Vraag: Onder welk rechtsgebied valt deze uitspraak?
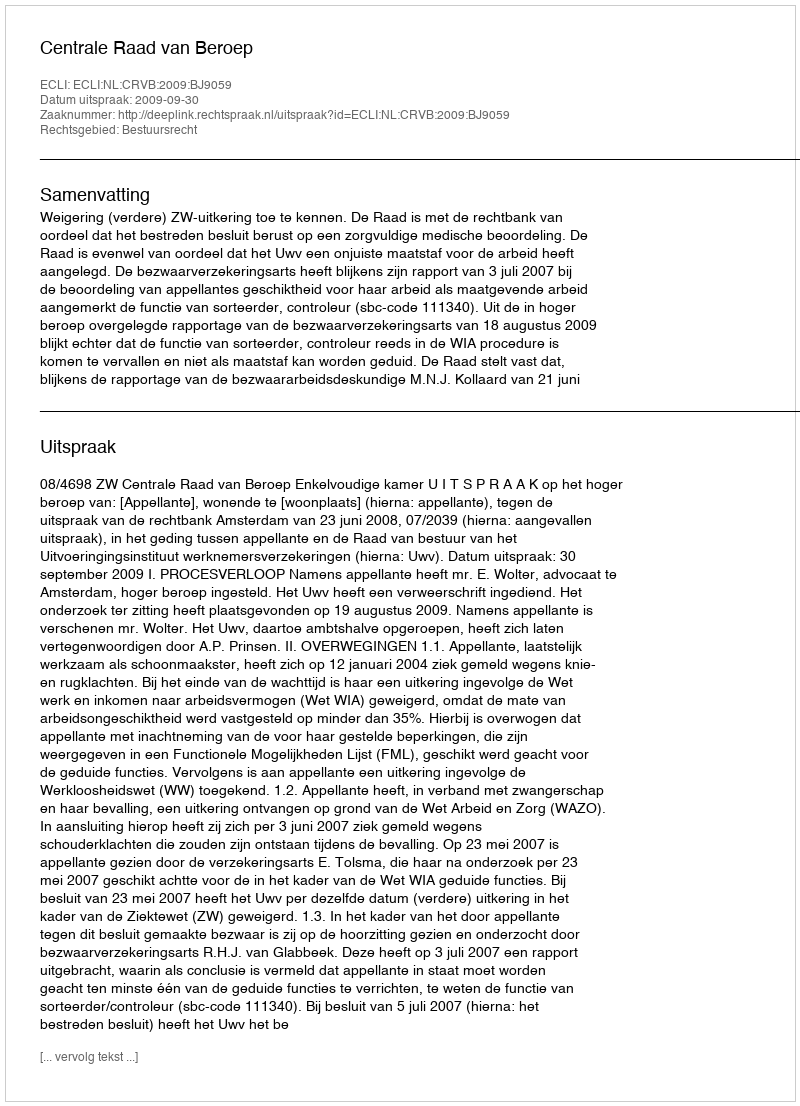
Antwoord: Bestuursrecht